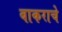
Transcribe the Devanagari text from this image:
बाकराचे